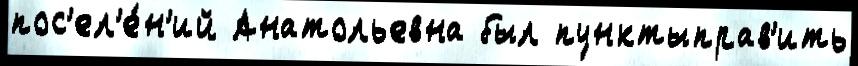
пос'ел'е́н'ий Анатольевна был пунктыправ'ить